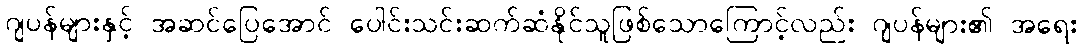
ဂျပန်များနှင့် အဆင်ပြေအောင် ပေါင်းသင်းဆက်ဆံနိုင်သူဖြစ်သောကြောင့်လည်း ဂျပန်များ၏ အရေး